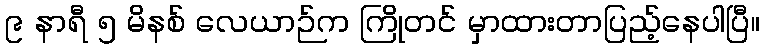
၉ နာရီ ၅ မိနစ် လေယာဉ်က ကြိုတင် မှာထားတာပြည့်နေပါပြီ။